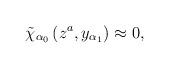
LaTeX: \begin{align*}\tilde{\chi}_{\alpha _{0}}\left( z^{a},y_{\alpha _{1}}\right) \approx 0,\end{align*}